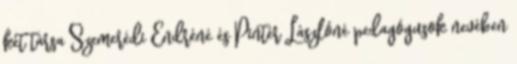
két társa Szemerédi Endréné és Pintér Lászlóné pedagógusok nevében